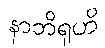
နာဘိရုဟိ